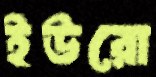
ইউরো